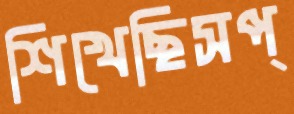
শিখেছিসপ্